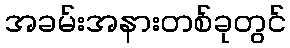
အခမ်းအနားတစ်ခုတွင်